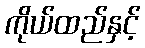
ကိုယ်ထည်နှင့်